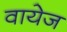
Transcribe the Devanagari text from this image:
वायेज